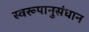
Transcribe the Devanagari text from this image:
स्वरूपानुसंधान